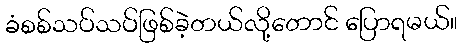
ခံစစ်သပ်သပ်ဖြစ်ခဲ့တယ်လို့တောင် ပြောရမယ်။